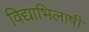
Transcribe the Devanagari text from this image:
विद्याभिलाषी